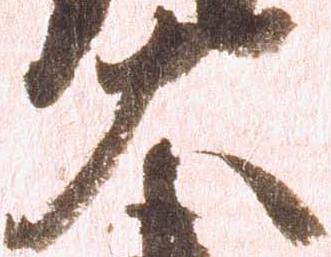
大